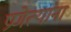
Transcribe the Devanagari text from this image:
प्रणेत्यांना